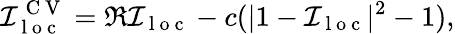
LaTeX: \mathcal{I}_{\mathrm{~l~o~c~}}^{\mathrm{~C~V~}}=\Re\mathcal{I}_{\mathrm{~l~o~c~}}-c(|1-\mathcal{I}_{\mathrm{~l~o~c~}}|^{2}-1),